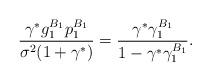
LaTeX: \begin{align*}\frac{\gamma^*g_1^{B_1}p_1^{B_1}}{\sigma^2(1+\gamma^*)}=\frac{\gamma^*\gamma_1^{B_1}}{1-\gamma^*\gamma_1^{B_1}}.\end{align*}